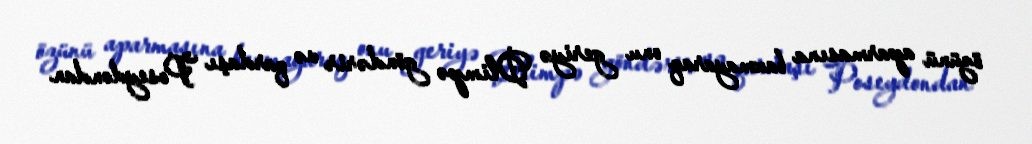
özünü aparmasına baxmayaraq onu geriyə Olimpə göndərir və qardaşı Poseydondan